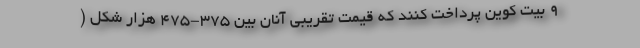
۹ بیت کوین پرداخت کنند که قیمت تقریبی آنان بین ۳۷۵-۴۷۵ هزار شکل (